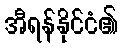
အီရန်နိုင်ငံ၏